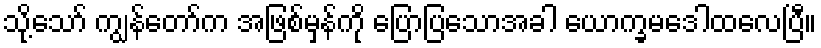
သို့သော် ကျွန်တော်က အဖြစ်မှန်ကို ပြောပြသောအခါ ယောက္ခမဒေါထလေပြီ။